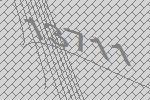
13711